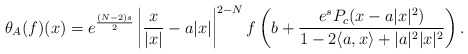
\begin{align*} \theta_{A}(f)(x)=e^{\frac{(N-2)s}{2}} \left|\frac{x}{|x|} -a |x|\right|^{2-N}f\left( b+\frac{e^sP_c(x-a|x|^2)}{1-2\langle a,x\rangle +|a|^2|x|^2} \right).\end{align*}